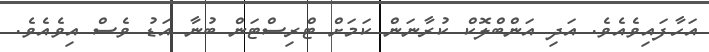
އަހާފައިވެއެވެ. އަދި އަންބްލޮކް ކުރާނަން ކަމަށް ޓްރިސްޓަން ބުނާ އަޑު ވެސް އިވެއެވެ.